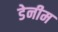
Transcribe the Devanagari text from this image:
डेनीम